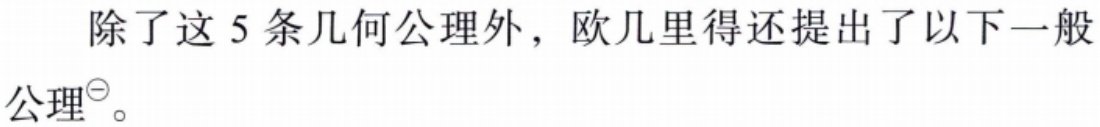
除了这 5 条几何公理外，欧几里得还提出了以下一般公理<sup>\textcircled{1}</sup>。